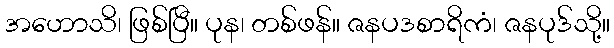
အဟောသိ၊ ဖြစ်ပြီ။ ပုန၊ တစ်ဖန်။ ဇနပဒစာရိကံ၊ ဇနပုဒ်သို့။